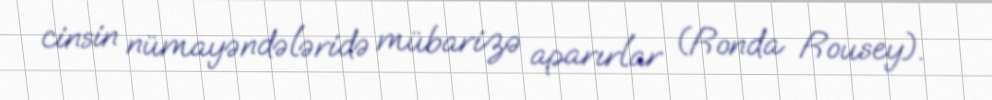
cinsin nümayəndələridə mübarizə aparırlar (Ronda Rousey).